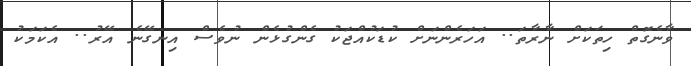
ވާނެގޮތް ހިތަކަށް ނާރާތަ.. އަހަރެންނަށް ކުޑަކުއްޖަކު ގެންގުޅެން ނުވެސް އިނގޭނެ އޭރު.. އެކަމަކު